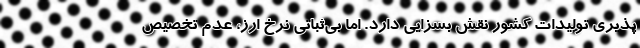
پذیری تولیدات کشور نقش بسزایی دارد. اما بی‌ثباتی نرخ ارز، عدم تخصیص